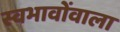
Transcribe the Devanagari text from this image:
स्वभावोंवाला